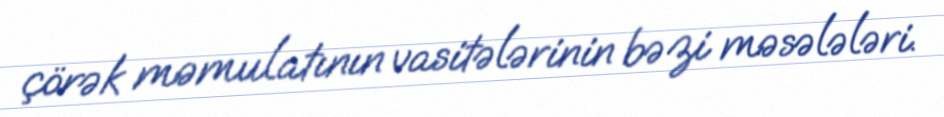
çörək məmulatının vasitələrinin bəzi məsələləri.